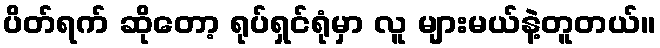
ပိတ်ရက် ဆိုတော့ ရုပ်ရှင်ရုံမှာ လူ များမယ်နဲ့တူတယ်။